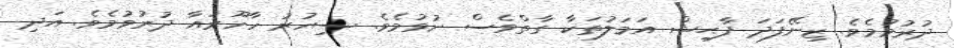
ދުރުވުމެވެ. ޒިނޭފަދަ ފާޙިޝް އަމަލުތަކާ ގާތްވެސް ނުވުމެވެ. ސިހުރު ހާހޫރައާ ދުރުވުމެވެ. އަދި